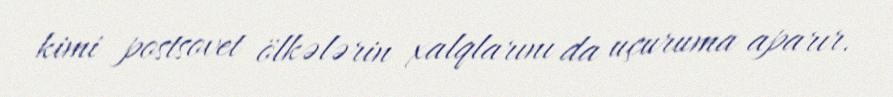
kimi postsovet ölkələrin xalqlarını da uçuruma aparır.